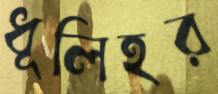
ধূলিহর